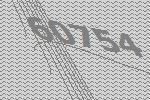
60754